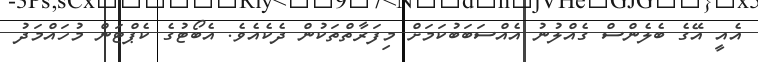
އެއީ އޭގެ ބެލެންސް ގެއްލުނު އެއްސަބަބުކަމަށް މިފަރާތްތަކުން ދެކެއެވެ. އެބޯޓުގެ ކެޕްޓަން މުހައްމަދު